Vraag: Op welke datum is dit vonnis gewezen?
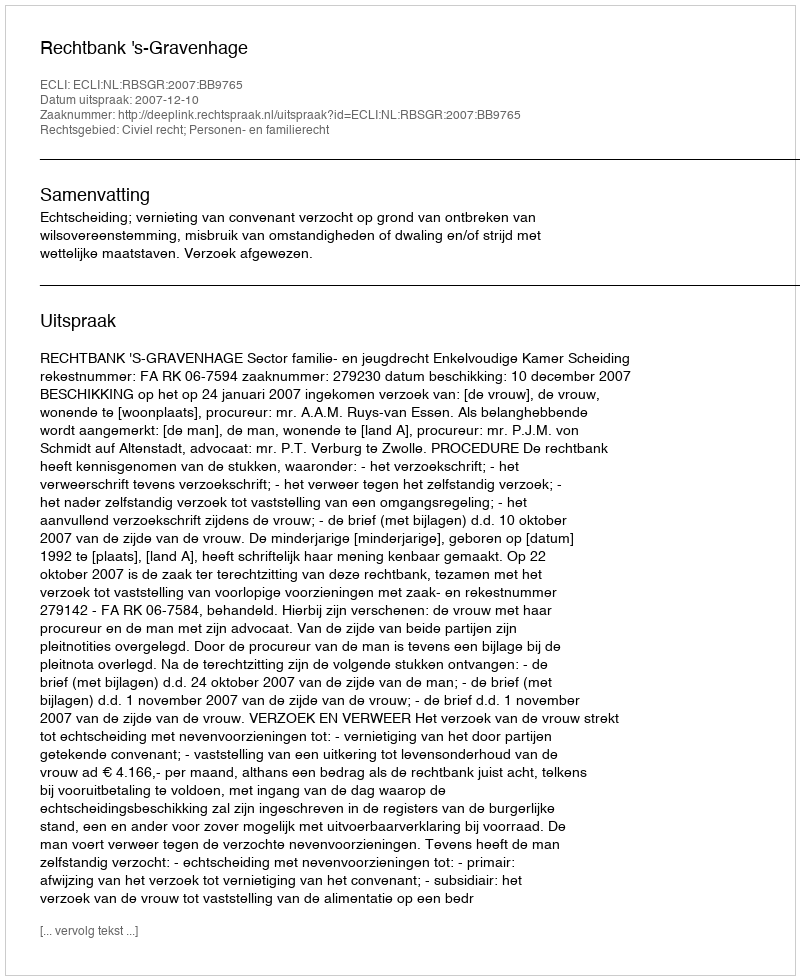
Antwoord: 2007-12-10